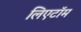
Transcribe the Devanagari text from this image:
लिएटॉम